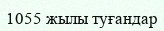
1055 жылы туғандар